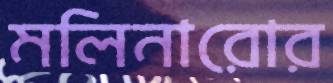
মলিনারোর